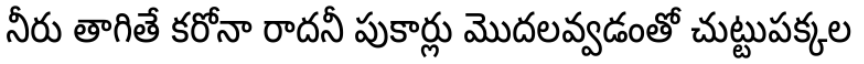
నీరు తాగితే కరోనా రాదనీ పుకార్లు మొదలవ్వడంతో చుట్టుపక్కల